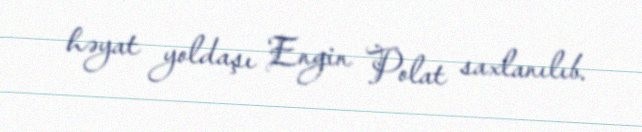
həyat yoldaşı Engin Polat saxlanılıb.